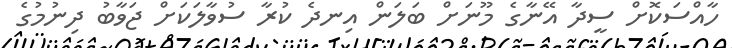
ހާއްސަކޮށް ސީދާ އޭނާގެ މޫނަށް ބަަލަން އިނދެ ކުރާ ސުވާލަކަށް ޖަވާބު ދިނުމުގެ